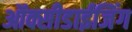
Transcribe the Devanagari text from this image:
ऑक्सीडाईजिंग